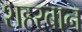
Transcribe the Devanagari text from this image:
शहरबान